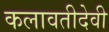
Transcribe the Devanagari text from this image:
कलावतीदेवी